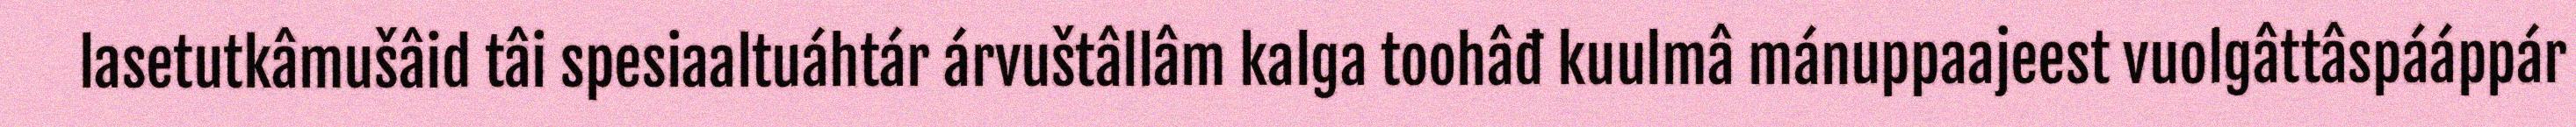
lasetutkâmušâid tâi spesiaaltuáhtár árvuštâllâm kalga toohâđ kuulmâ mánuppaajeest vuolgâttâspááppár